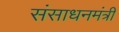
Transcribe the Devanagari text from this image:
संसाधनमंत्री